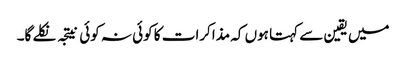
میں یقین سے کہتا ہوں کہ مذاکرات کا کوئی نہ کوئی نیتجہ نکلے گا۔